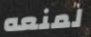
لمنعه